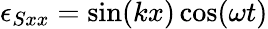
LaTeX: \epsilon_{Sxx}=\sin(kx)\cos(\omega t)